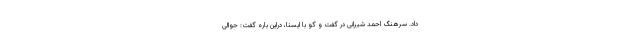
داد. سرهنگ احمد شیرانی در گفت و گو با ایسنا، دراین باره گفت: حوالی